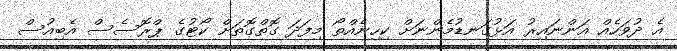
އެ ދުވަހެއް އަންނައިރު އަޅުގަނޑުމެންނަށް ކިހިނެއްތޯ މިފަދަ ގޮތްގޮތަށް ކޯޓުގެ ޕްރޮސެސް އެބިއުސް